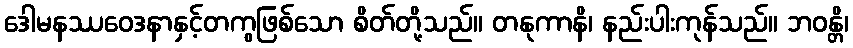
ဒေါမနဿဝေဒနာနှင့်တကွဖြစ်သော စိတ်တို့သည်။ တနုကာနိ၊ နည်းပါးကုန်သည်။ ဘဝန္တိ၊